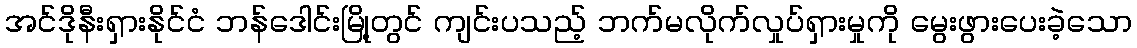
အင်ဒိုနီးရှားနိုင်ငံ ဘန်ဒေါင်းမြို့တွင် ကျင်းပသည့် ဘက်မလိုက်လှုပ်ရှားမှုကို မွေးဖွားပေးခဲ့သော